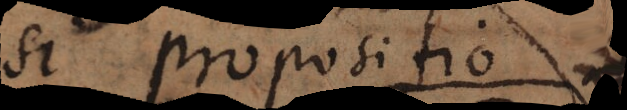
si propositio